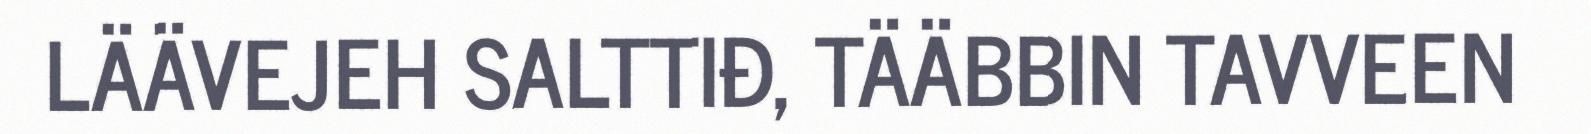
LÄÄVEJEH SALTTIĐ, TÄÄBBIN TAVVEEN